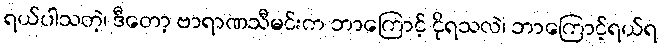
ရယ်ပါသတဲ့၊ ဒီတော့ ဗာရာဏသီမင်းက ဘာကြောင့် ငိုရသလဲ၊ ဘာကြောင့်ရယ်ရ